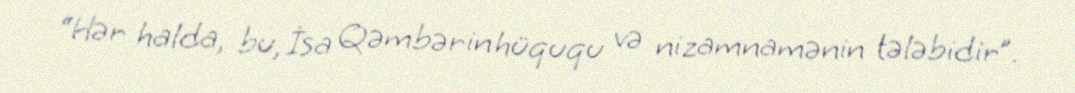
“Hər halda, bu, İsa Qəmbərin hüququ və nizamnamənin tələbidir”.